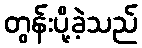
တွန်းပို့ခဲ့သည်